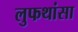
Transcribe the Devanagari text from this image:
लुफथांसा